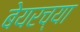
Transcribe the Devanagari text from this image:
बेयरच्या